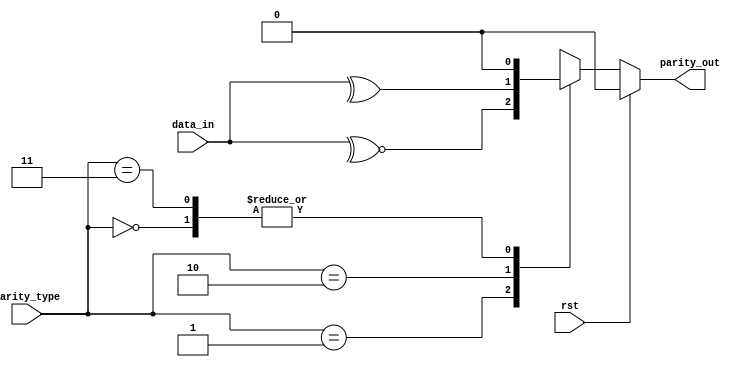
module parity_gen1(
        input wire rst,
        input wire [7:0] data_in,
        input wire [1:0] parity_type, // 2-bit for different parity types
        output reg parity_out
    );
    
        always @(*) begin
            if (rst) begin
                parity_out = 0;
            end else begin
                case (parity_type)
                    2'b00: parity_out = 1'b0; // No parity
                    2'b01: parity_out = ~^data_in; // odd parity
                    2'b10: parity_out = ^data_in; // even parity
                    2'b11: parity_out = 1'b0; // no parity
                    default: parity_out = 1'b0; // Reserved (or no parity)
                endcase
            end
        end
    endmodule